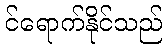
င်ရောက်နိုင်သည်